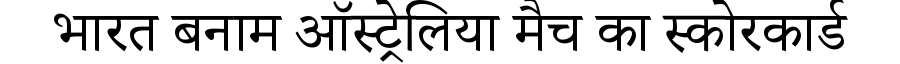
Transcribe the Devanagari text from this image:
भारत बनाम ऑस्ट्रेलिया मैच का स्कोरकार्ड